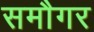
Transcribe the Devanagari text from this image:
समौगर